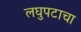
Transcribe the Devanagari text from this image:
लघुपटाचा